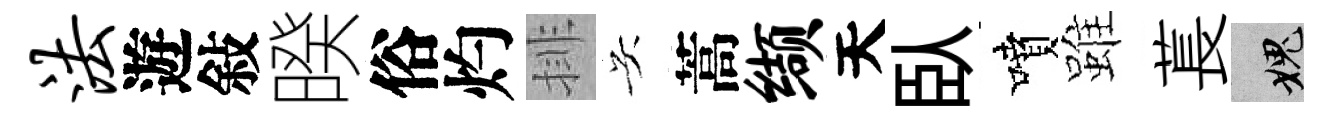
法遊敍暌俗灼排吴蒿缬天臥噴雖萇愧